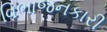
વિભાજનકારી